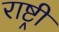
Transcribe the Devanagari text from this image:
राष्ट्र्री